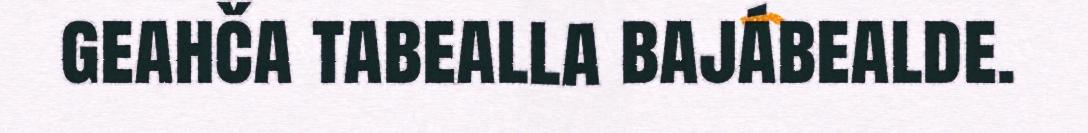
geahča tabealla bajábealde.